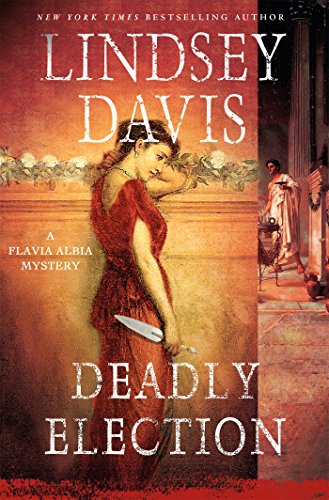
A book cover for Deadly Election: A Flavia Albia Mystery (Flavia Albia Series); Lindsey Davis; Mystery, Thriller & Suspense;